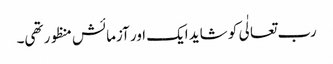
رب تعالٰی کو شاید ایک اور آزمائش منظور تھی۔